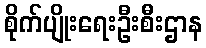
စိုက်ပျိုးရေးဦးစီးဌာန